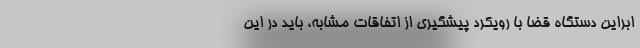
ابراین دستگاه قضا با رویکرد پیشگیری از اتفاقات مشابه، باید در این